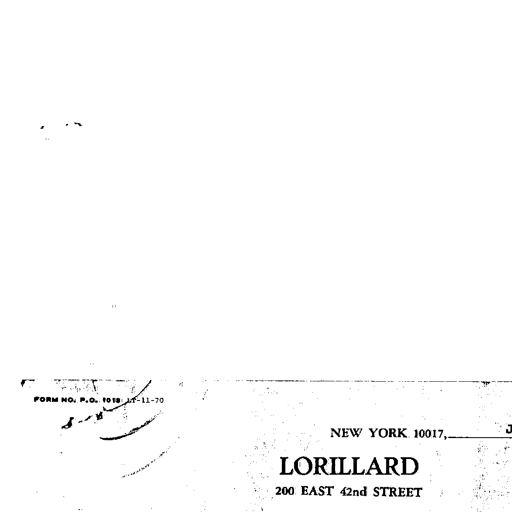
FORM NO. P.O. 1018 11-70
NEW YORK 10017,
LORILLARD
200 EAST 42nd STREET